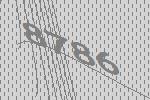
8786